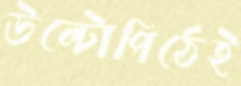
উল্টোপিঠেই